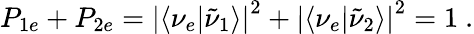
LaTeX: P_{1e}+P_{2e}=\left|\langle\nu_{e}|\tilde{\nu}_{1}\rangle\right|^{2}+\left|\langle\nu_{e}|\tilde{\nu}_{2}\rangle\right|^{2}=1\ .